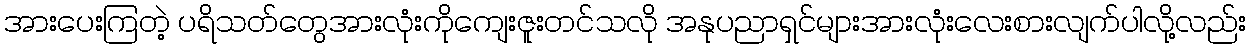
အားပေးကြတဲ့ ပရိသတ်တွေအားလုံးကိုကျေးဇူးတင်သလို အနုပညာရှင်များအားလုံးလေးစားလျက်ပါလို့လည်း